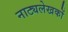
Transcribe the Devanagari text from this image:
नाट्यलेखकों